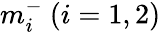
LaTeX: m_{i}^{-}~(i=1,2)